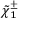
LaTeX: { \tilde { \chi } } _ { 1 } ^ { \pm }